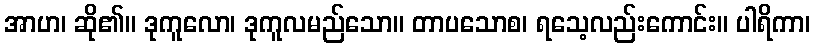
အာဟ၊ ဆို၏။ ဒုကူလော၊ ဒုကူလမည်သော။ တာပသောစ၊ ရသေ့လည်းကောင်း။ ပါရိကာ၊